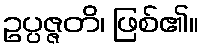
ဥပ္ပဇ္ဇတိ၊ ဖြစ်၏။